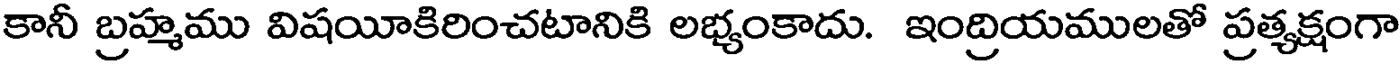
కానీ బ్రహ్మము విషయీకిరించటానికి లభ్యంకాదు. ఇంద్రియములతో ప్రత్యక్షంగా